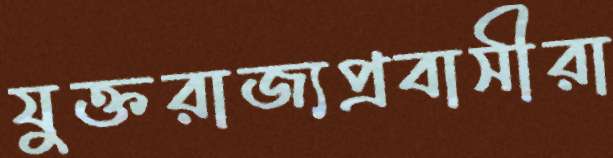
যুক্তরাজ্যপ্রবাসীরা